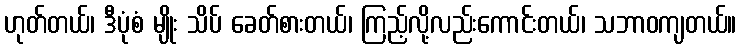
ဟုတ်တယ်၊ ဒီပုံစံ မျိုး သိပ် ခေတ်စားတယ်၊ ကြည့်လို့လည်းကောင်းတယ်၊ သဘာဝကျတယ်။